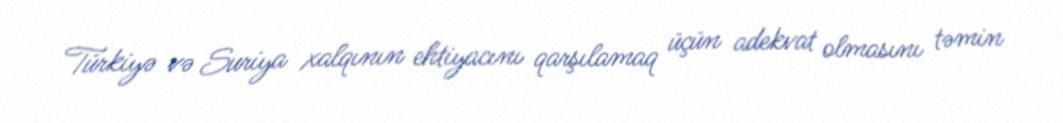
Türkiyə və Suriya xalqının ehtiyacını qarşılamaq üçün adekvat olmasını təmin